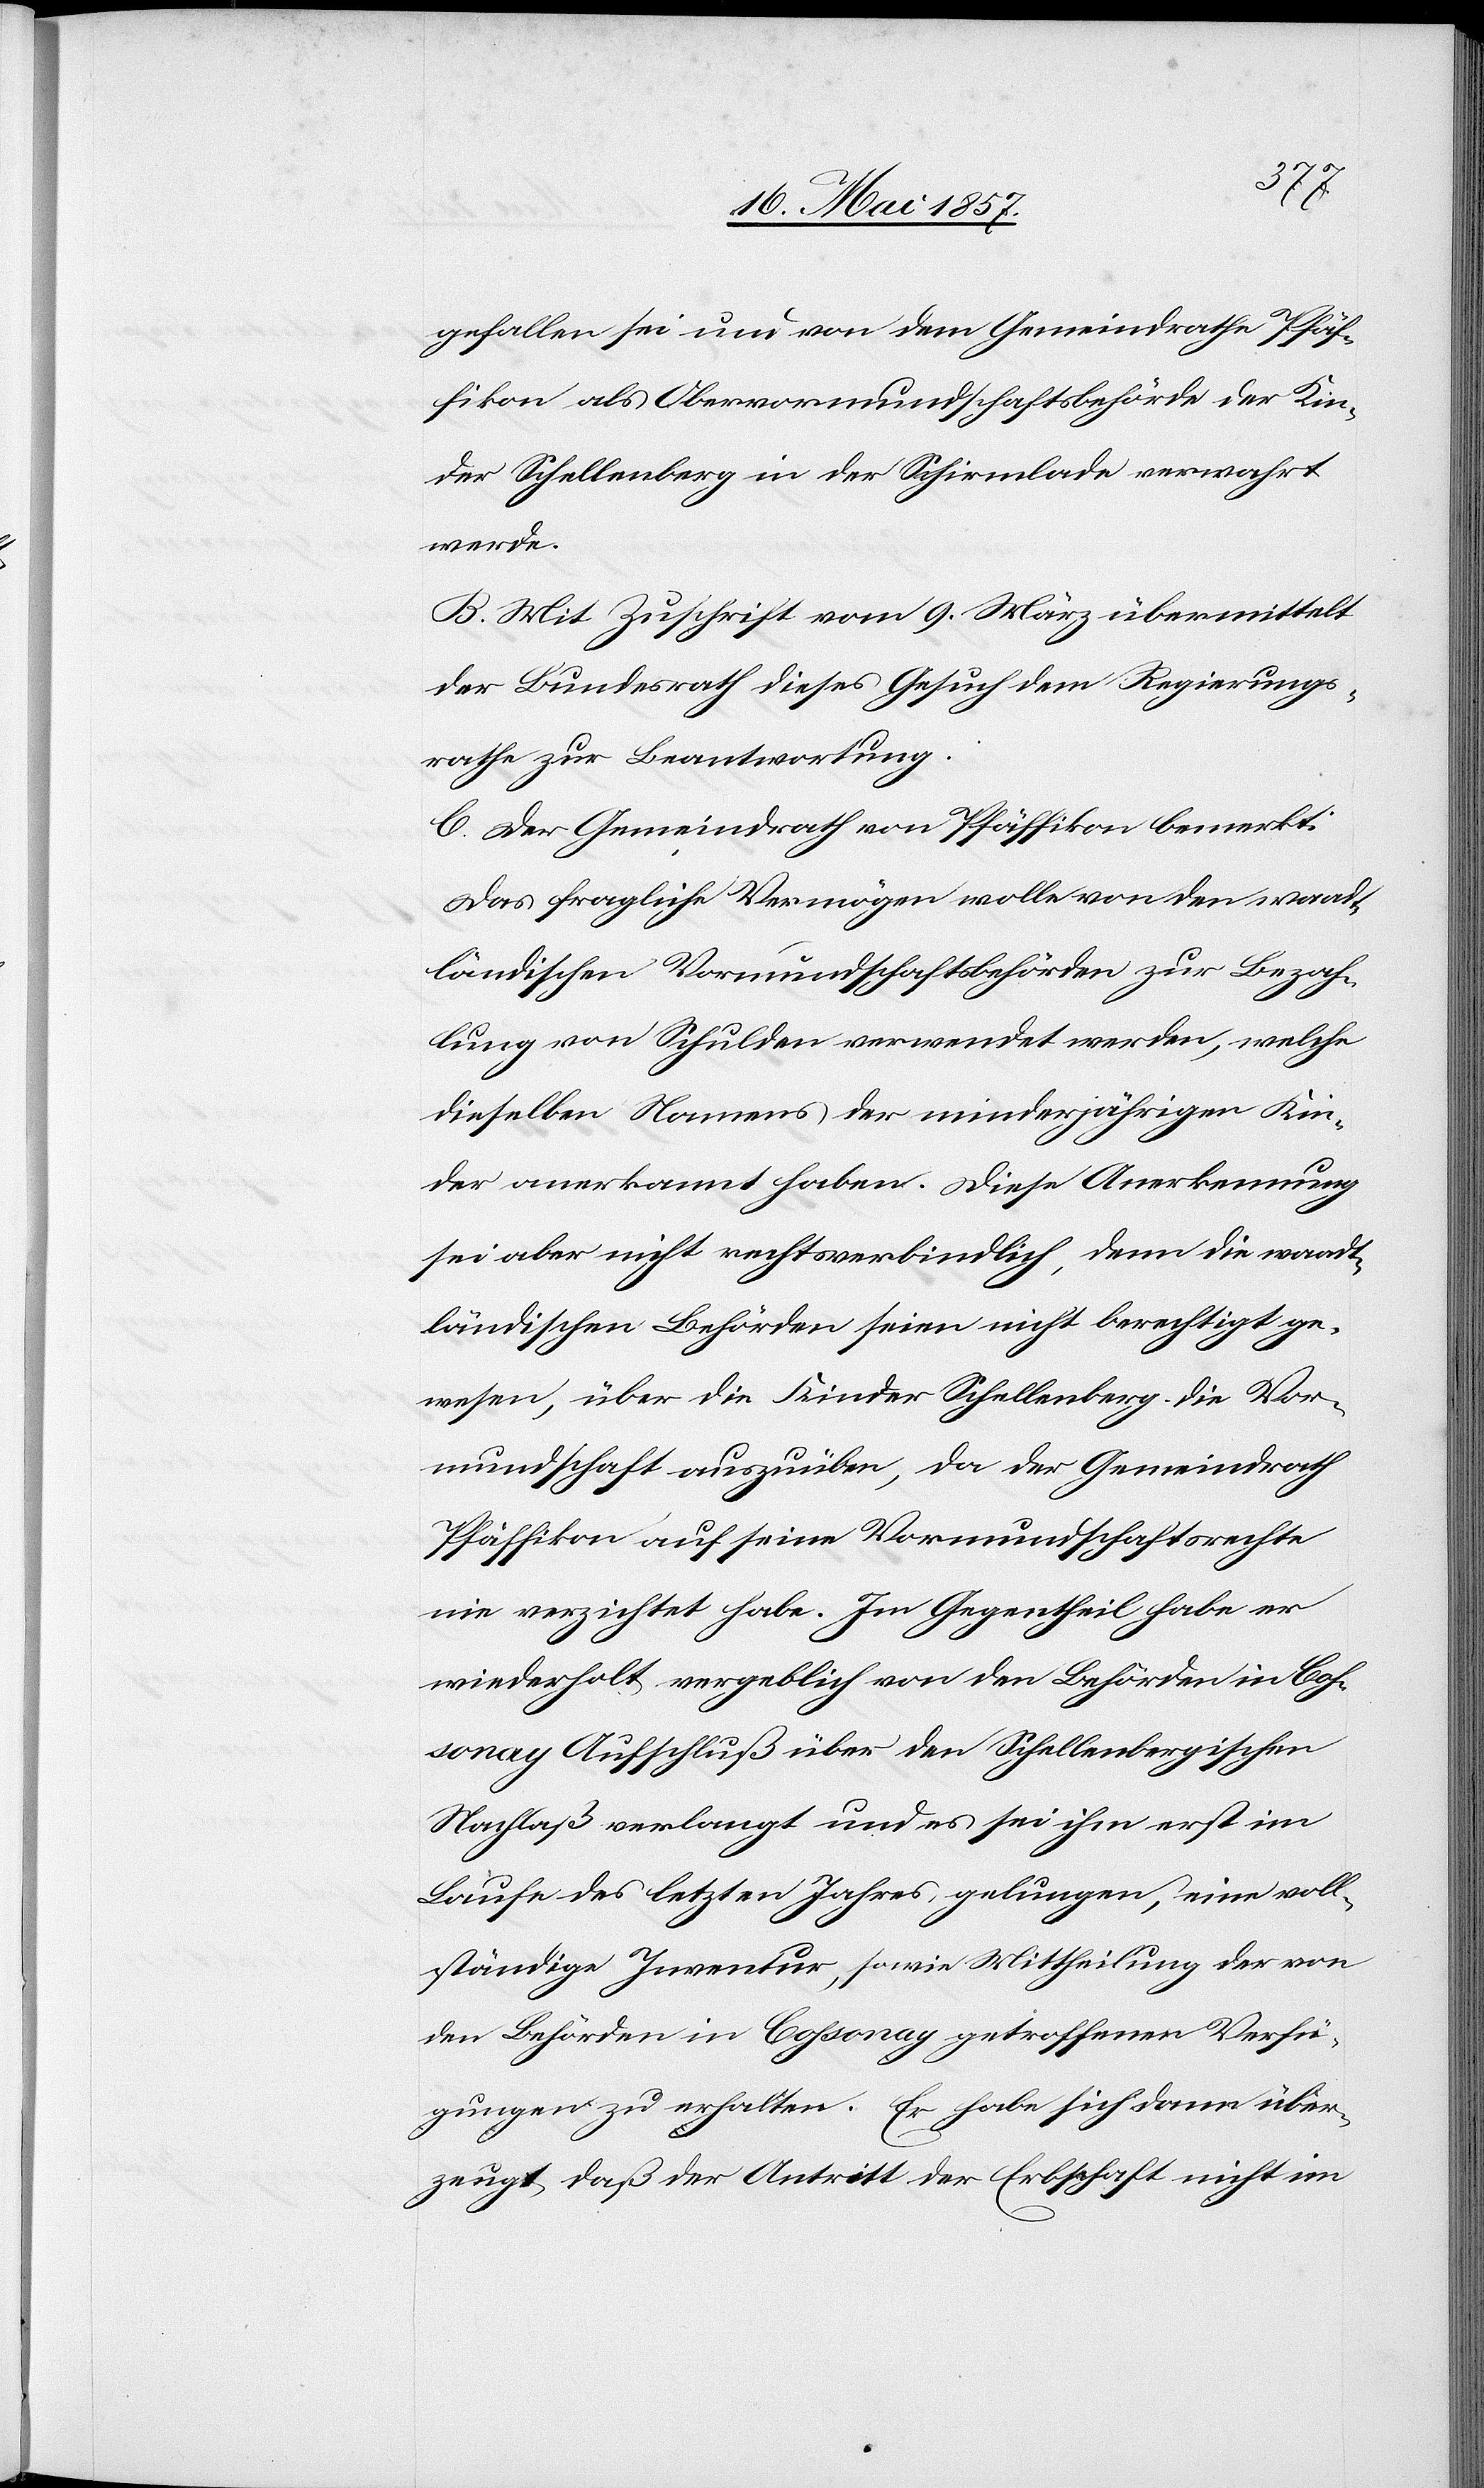
gefallen sei und von dem Gemeindrathe Pfäf¬
fikon als Obervormundschaftsbehörde der Kin¬
der Schellenberg in der Schirmlade verwahrt
werde.
B. Mit Zuschrift vom 9 März übermittelt
der Bundesrath dieses Gesuch dem Regierungs¬
rathe zur Beantwortung.
C. Der Gemeindrath von Pfäffikon bemerkt:
Das fragliche Vermögen wolle von den waadt¬
ländischen Vormundschaftsbehörden zur Bezah¬
lung von Schulden verwendet werden, welche
dieselben Namens der minderjährigen Kin¬
der anerkannt haben. Diese Anerkennung
sei aber nicht rechtsverbindlich, denn die waadt¬
ländischen Behörden seien nicht berechtigt ge¬
wesen, über die Kinder Schellenberg die Vor¬
mundschaft auszuüben, da der Gemeindrath
Pfäffikon auf seine Vormundschaftsrechte
nie verzichtet habe. Im Gegentheil habe er
wiederholt vergeblich von den Behörden in Cos¬
sonay Aufschluß über den Schellenbergischen
Nachlaß verlangt und es sei ihm erst im
Laufe des letzten Jahres gelungen, eine voll¬
ständige Inventur, sowie Mittheilung der von
den Behörden in Cossonay getroffenen Verfü¬
gungen zu erhalten. Er habe sich dann über¬
zeugt daß der Antritt der Erbschaft nicht im